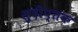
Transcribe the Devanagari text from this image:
सुदीप्तक